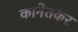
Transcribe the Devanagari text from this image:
कानेतकर